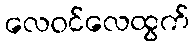
လေဝင်လေထွက်